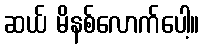
ဆယ် မိနစ်လောက်ပေါ့။